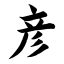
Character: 彦